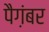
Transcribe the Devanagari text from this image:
पैग़ंबर